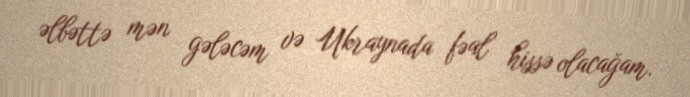
əlbəttə mən gələcəm və Ukraynada fəal hissə olacağam.